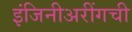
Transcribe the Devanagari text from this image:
इंजिनीअरींगची